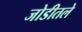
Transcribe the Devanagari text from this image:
जोडीतले